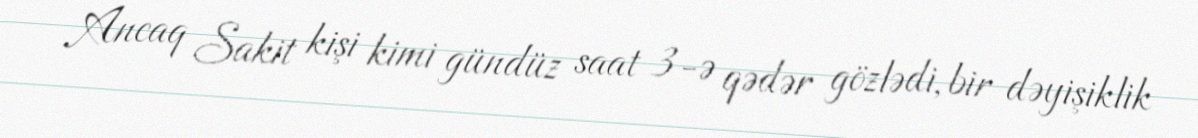
Ancaq Sakit kişi kimi gündüz saat 3-ə qədər gözlədi, bir dəyişiklik